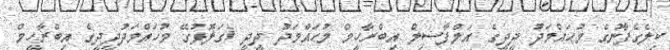
ކިލެގެފާނުގެ މުޙައްމަދު ދީދީގެ އަލްފާޟިލް އިބްރާހީމް މުޙައްމަދު ދީދީ (ގަލޮޅުގޭ މުހައްމަދުދީދީގެ އިބްރާހީމް